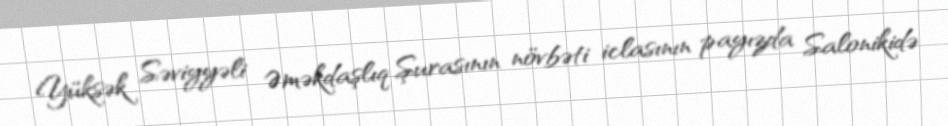
Yüksək Səviyyəli Əməkdaşlıq Şurasının növbəti iclasının payızda Salonikidə